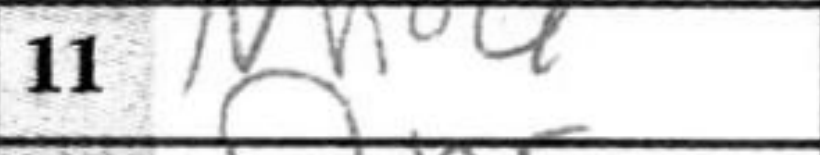
Transcription: Nh4